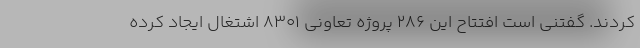
کردند. گفتنی است افتتاح این 286 پروژه تعاونی 8301 اشتغال ایجاد کرده